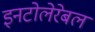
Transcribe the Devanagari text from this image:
इनटोलेरेबल